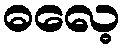
ဓလေ့